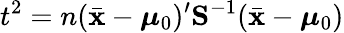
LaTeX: t^{2}=n({\bar{\mathbf{x}}}-{{\boldsymbol{\mu}}_{0}})^{\prime}{\mathbf{S}}^{-1}({\bar{\mathbf{x}}}-{{\boldsymbol{\mu}}_{0}})